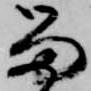
留